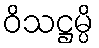
ဝိသဋ္ဌမ္ပိ